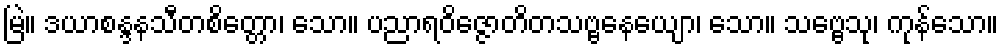
မြဲ။ ဒယာစန္ဒနသီတစိတ္တော၊ သော။ ပညာရဝိဇ္ဇောတိတသဗ္ဗနေယျော၊ သော။ သဗ္ဗေသု၊ ကုန်သော။